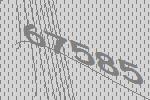
67585